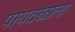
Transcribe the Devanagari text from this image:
पायदळाला